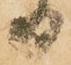
日